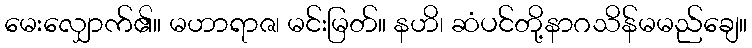
မေးလျှောက်၏။ မဟာရာဇ၊ မင်းမြတ်။ နဟိ၊ ဆံပင်တို့နာဂသိန်မမည်ချေ။